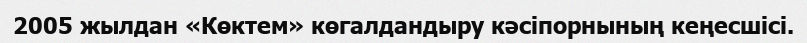
2005 жылдан «Көктем» көгалдандыру кәсіпорнының кеңесшісі.